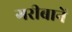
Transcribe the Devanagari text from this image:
गरीबानें